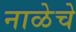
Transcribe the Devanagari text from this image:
नाळेचे